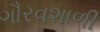
ગૌરવશાળી